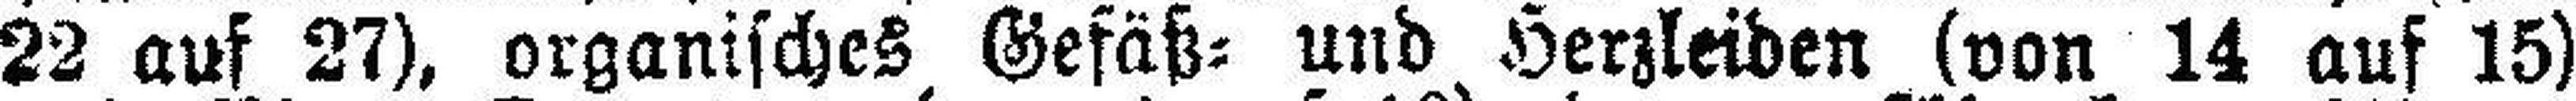
22 auf 27), organisches Gefäß= und Herzleiden (von 14 auf 15)